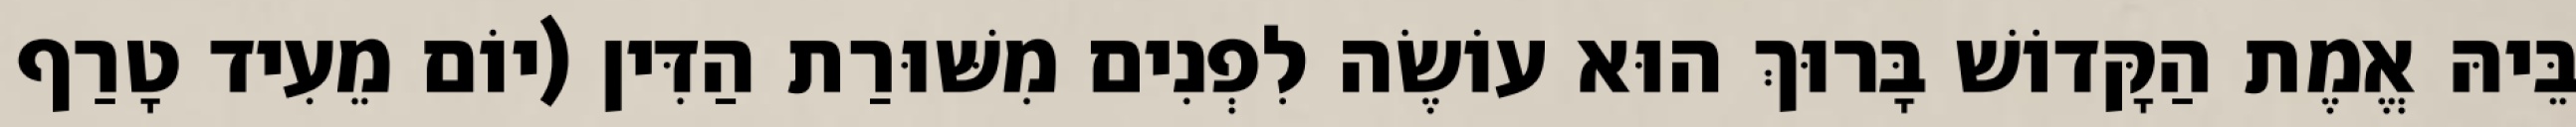
בֵּיהּ אֱמֶת הַקָּדוֹשׁ בָּרוּךְ הוּא עוֹשֶׂה לִפְנִים מִשּׁוּרַת הַדִּין (יוֹם מֵעִיד טָרַף